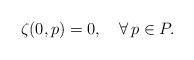
LaTeX: \begin{align*}\zeta(0,p)=0,\quad\forall\, p\in P.\end{align*}